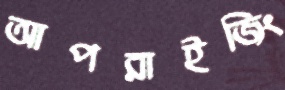
আপরাইজিং